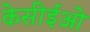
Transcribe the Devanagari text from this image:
केसीईओ